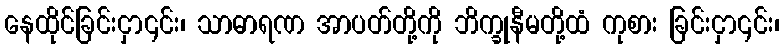
နေထိုင်ခြင်းငှာ၎င်း၊ သာဓာရဏ အာပတ်တို့ကို ဘိက္ခုနီမတို့ထံ ကုစား ခြင်းငှာ၎င်း၊